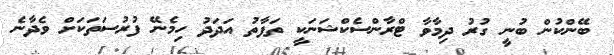
ބޭންކުން ބުނީ ގުރު ދިމާވާ ޓްރާންސެކްޝަނަކީ ތަފާތު އަދަދު ހިމެނޭ ފުރުސަތަކަށް ވެދާނެ